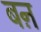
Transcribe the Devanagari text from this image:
बऩ